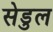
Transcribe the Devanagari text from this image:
सेडुल